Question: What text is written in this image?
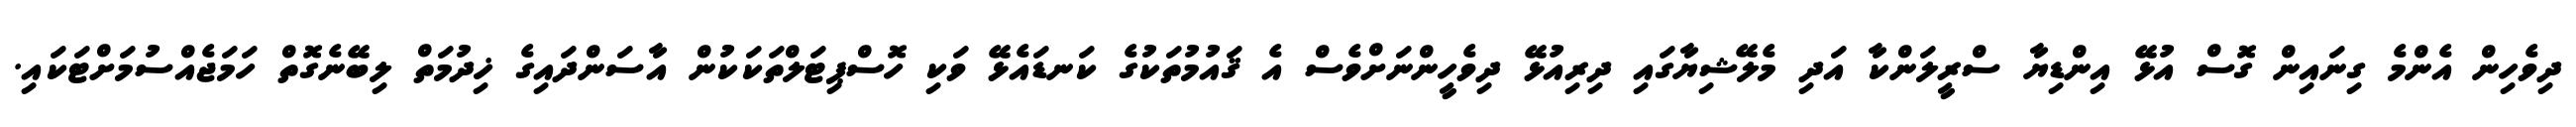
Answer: ދިވެހިން އެންމެ ގިނައިން ގޮސް އުޅޭ އިންޑިޔާ ސްރީލަންކާ އަދި މެލޭޝިޔާގައި ދިރިއުޅޭ ދިވެހީންނަށްވެސް އެ ޤައުމުތަކުގެ ކަނޑައެޅޭ ވަކި ހޮސްޕިޓަލްތަކަކުން އާސަންދައިގެ ޚިދުމަތް ލިބޭނެގޮތް ހަމަޖެއްސުމަށްޓަކައި.